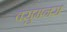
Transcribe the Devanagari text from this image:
वसुमनस